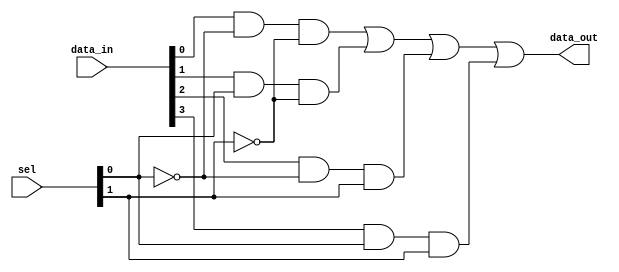
`timescale 1ns/ 1ns

module struct_MUX(input [3:0] data_in, input [1:0] sel, output wire data_out);
    wire w1, w2, w3, w4;
    
    and(w1, data_in[0], ~sel[0], ~sel[1]);
    and(w2, data_in[1], sel[0], ~sel[1]);
    and(w3, data_in[2], ~sel[0], sel[1]);
    and(w4, data_in[3], sel[0], sel[1]);
    or(data_out, w1, w2, w3, w4);
    
endmodule

// iverilog -o tb_struct_MUX tb_struct_MUX.v struct_MUX.v
// vvp tb_struct_MUX -vcd
// open -a gtkwave tb_struct_MUX.vcd